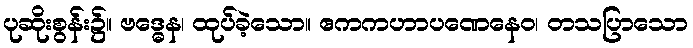
ပုဆိုးစွန်း၌။ ဗဒ္ဓေန၊ ထုပ်ခဲ့သော။ ဧကကဟာပဏေနေဝ၊ တသပြာသော